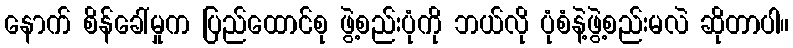
နောက် စိန်ခေါ်မှုက ပြည်ထောင်စု ဖွဲ့စည်းပုံကို ဘယ်လို ပုံစံနဲ့ဖွဲ့စည်းမလဲ ဆိုတာပါ။